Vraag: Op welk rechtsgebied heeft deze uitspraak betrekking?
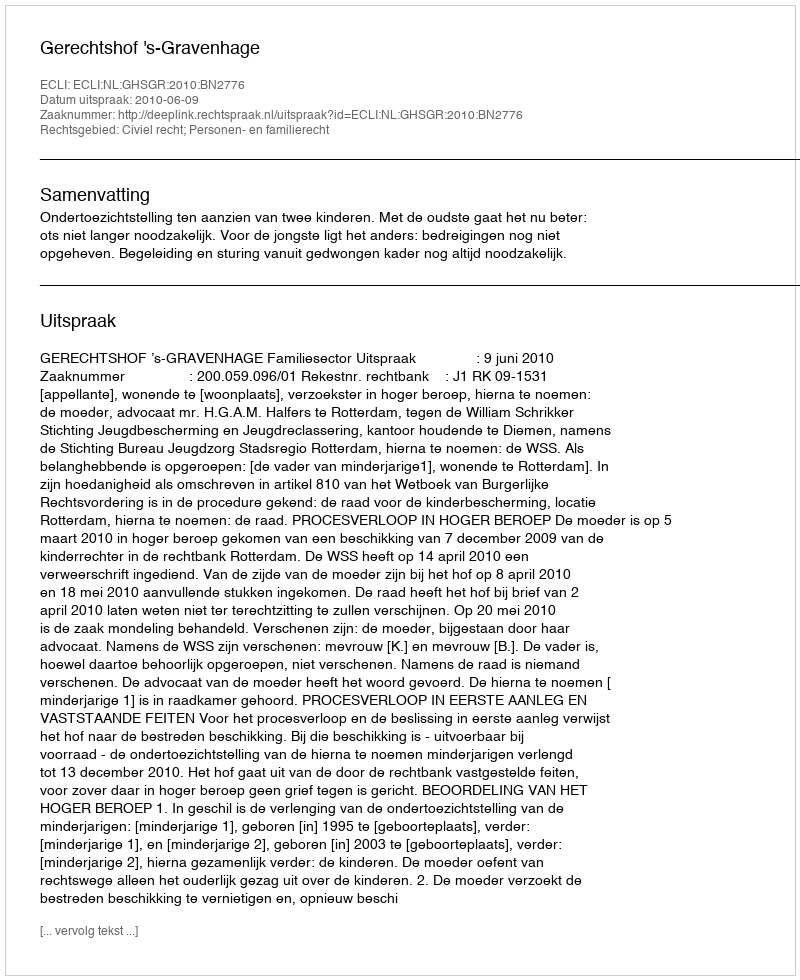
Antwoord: Civiel recht; Personen- en familierecht